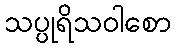
သပ္ပုရိသဝါစော